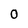
Character: 0